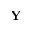
{ \bf Y }